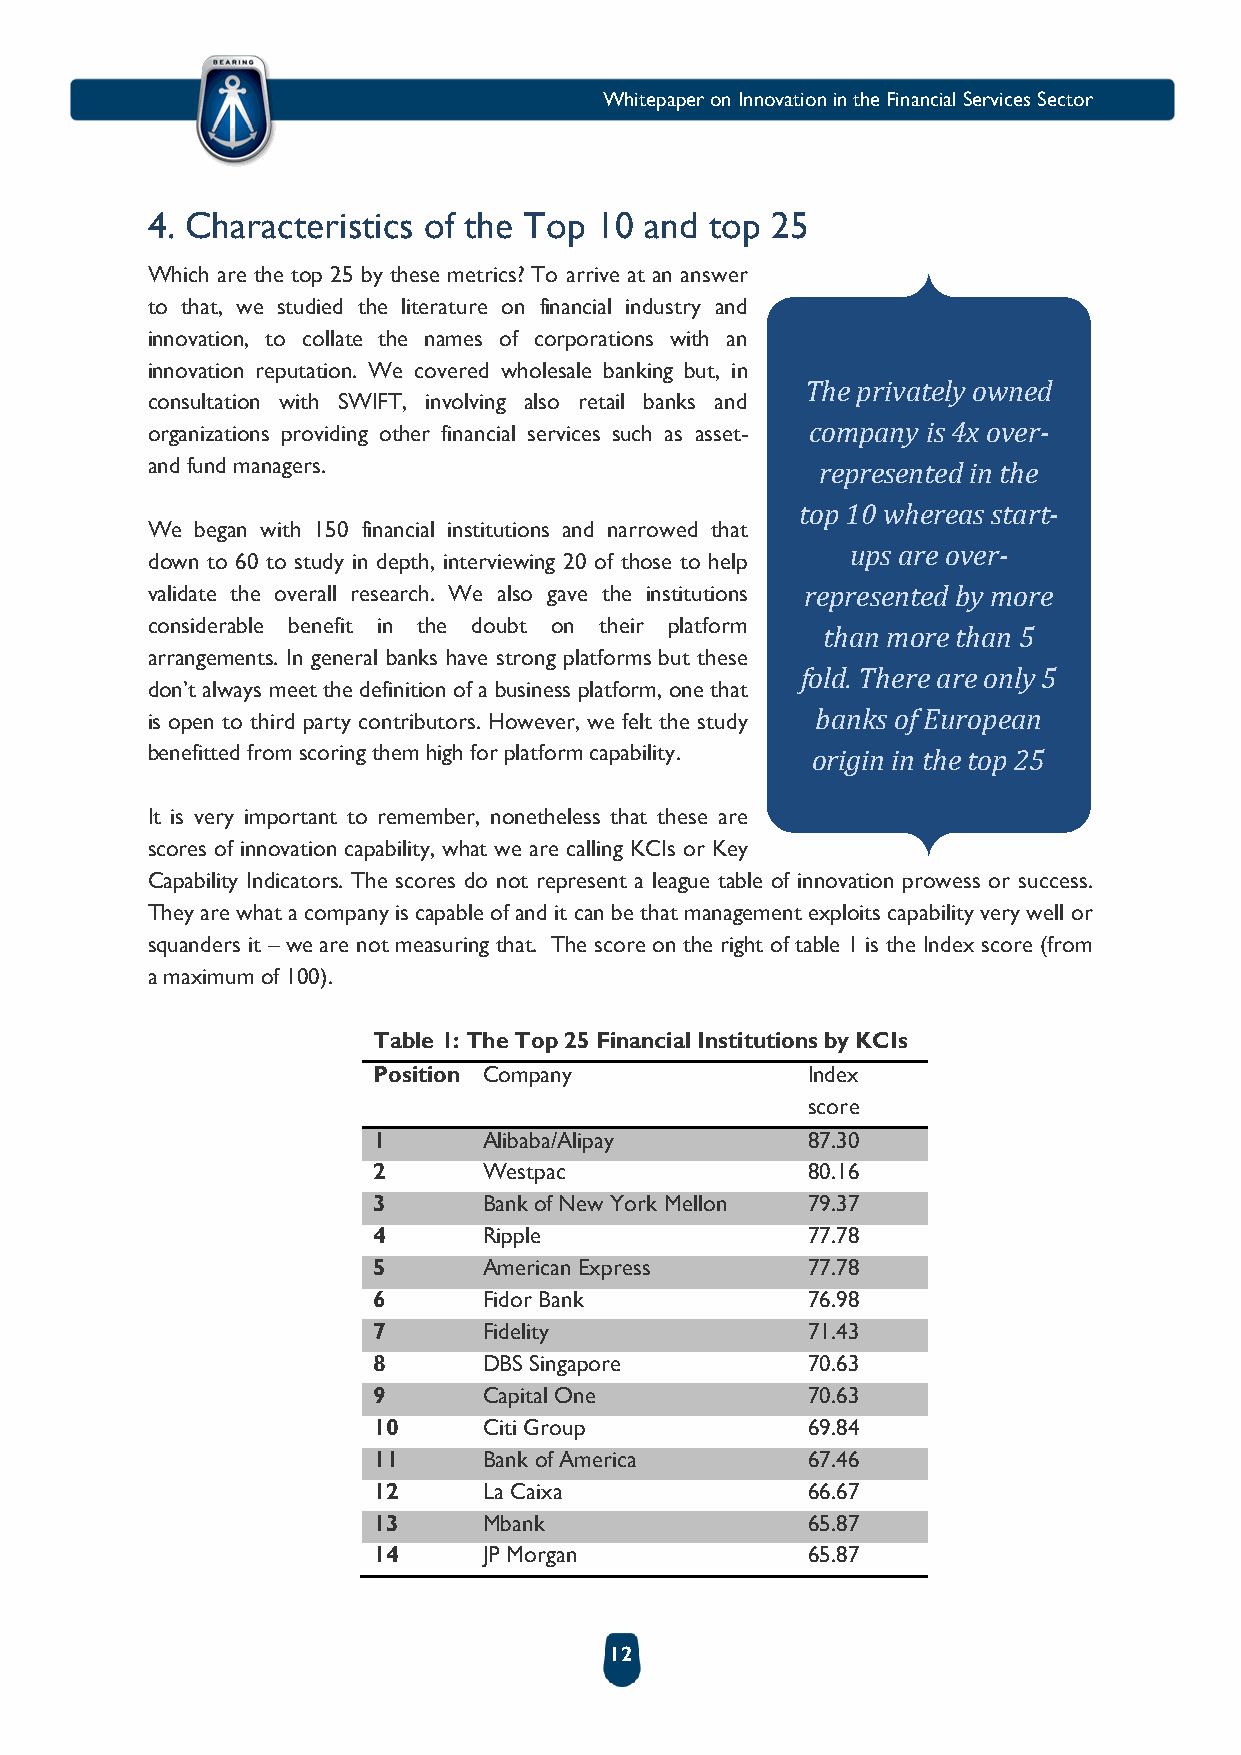
Whitepaper on Innovation in the Financial Services Sector
 4. Characteristics of the Top 10 and top 25
 Which are the top 25 by these metrics? To arrive at an answer
 to that, we studied the literature on financial industry and
 innovation, to collate the names of corporations with an
 innovation reputation. We covered wholesale banking but, in
 The privately owned
 consultation with SWIFT, involving also retail banks and
 organizations providing other financial services such as asset- company is 4x over-
 and fund managers.                          represented in the
 top 10 whereas start-
 We began with 150 financial institutions and narrowed that
 ups are over-
 down to 60 to study in depth, interviewing 20 of those to help
 validate the overall research. We also gave the institutions represented by more
 considerable benefit in the doubt on their platform
 than more than 5
 arrangements. In general banks have strong platforms but these
 fold. There are only 5
 don’t always meet the definition of a business platform, one that
 is open to third party contributors. However, we felt the study banks of European
 benefitted from scoring them high for platform capability. origin in the top 25
 It is very important to remember, nonetheless that these are
 scores of innovation capability, what we are calling KCIs or Key
 Capability Indicators. The scores do not represent a league table of innovation prowess or success.
 They are what a company is capable of and it can be that management exploits capability very well or
 squanders it – we are not measuring that. The score on the right of table 1 is the Index score (from
 a maximum of 100).
 Table 1: The Top 25 Financial Institutions by KCIs
 Position Company            Index
 score
 1      Alibaba/Alipay       87.30
 2      Westpac              80.16
 3      Bank of New York Mellon 79.37
 4      Ripple               77.78
 5      American Express     77.78
 6      Fidor Bank           76.98
 7      Fidelity             71.43
 8      DBS Singapore        70.63
 9      Capital One          70.63
 10     Citi Group           69.84
 11     Bank of America      67.46
 12     La Caixa             66.67
 13     Mbank                65.87
 14     JP Morgan            65.87
 12